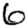
Digit: 6